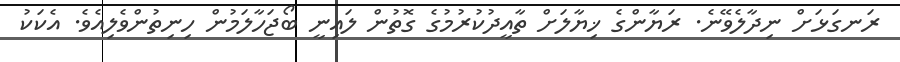
ރަނގަޅަށް ނިދާލެވޭނެ. ރަޔާންގެ ޚިޔާލަށް ތާއީދުކުރުމުގެ ގޮތުން ލައިނީ ބޯޖަހާލަމުން ހިނިތުންވެލިއެވެ. އެކަކު